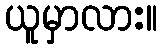
ယူမှာလား။